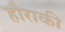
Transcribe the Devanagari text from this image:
हौराकी